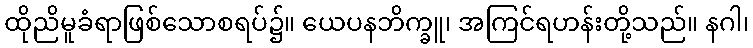
ထိုညိမူခံရာဖြစ်သောစရပ်၌။ ယေပနဘိက္ခူ၊ အကြင်ရဟန်းတို့သည်။ နဂါ၊